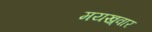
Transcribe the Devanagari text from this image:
मयख़्वार